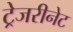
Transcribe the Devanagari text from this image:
ट्रेजरीनेट